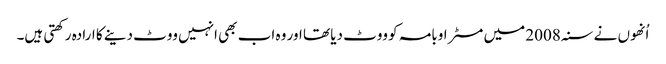
اُنھوں نے سنہ 2008 میں مسٹر اوبامہ کو ووٹ دیا تھا اور وہ اب بھی انہیں ووٹ دینے کا ارادہ رکھتی ہیں۔